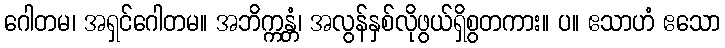
ဂေါတမ၊ အရှင်ဂေါတမ။ အဘိက္ကန္တံ၊ အလွန်နှစ်လိုဖွယ်ရှိစွတကား။ ပ။ ဧသာဟံ ဧသော